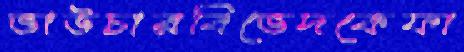
ভাউচারবিভেদকেফা